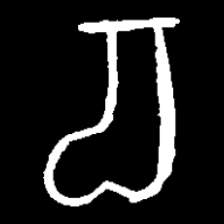
Pyu character \u2014 Myanmar letter: စ (romanized: ca)